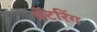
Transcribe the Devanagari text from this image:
मेंटरिंग